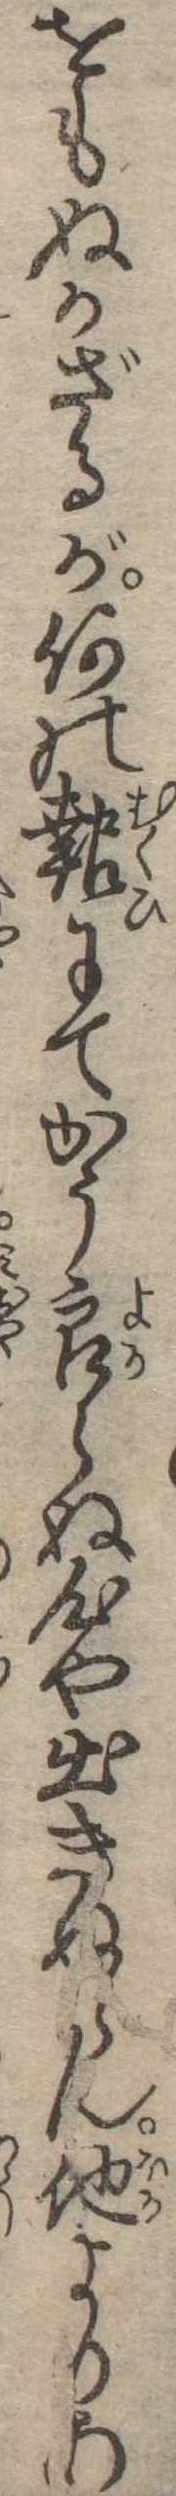
をもぬかざるが何の報にてかう良らぬ心や出きぬらん他よりあ